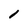
Character: 1